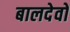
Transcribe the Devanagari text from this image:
बालदेवो